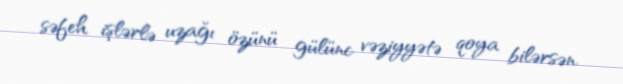
səfeh işlərlə uzağı özünü gülünc vəziyyətə qoya bilərsən.